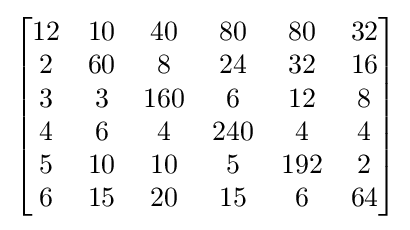
{\begin{bmatrix}{\begin{matrix}12&10&40&80&80&32\\2&60&8&24&32&16\\3&3&160&6&12&8\\4&6&4&240&4&4\\5&10&10&5&192&2\\6&15&20&15&6&64\end{matrix}}\end{bmatrix}}